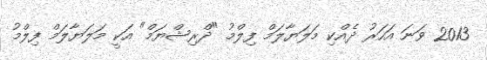
2013 ވަނަ އަހަރު ދެއްކި މަލަޔާލަމް ފިލްމު "ދްރިޝްޔަމް" އަކީ މަލަޔާލަމް ފިލްމު